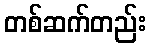
တစ်ဆက်တည်း